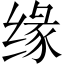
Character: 缘